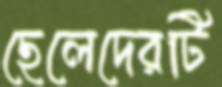
ছেলেদেরটি